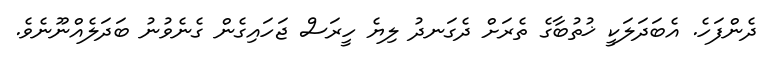
ދެންފަހެ. އެބަދަލަކީ ޚުތުބާގެ ތެރަށް ދެގަނދު ލިޔެ ހީރަސް ޖަހައިގެން ގެނެވުނު ބަދަލެއްނޫނެވެ.